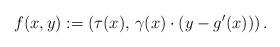
LaTeX: \begin{align*}f ( x , y ) := \left( \tau (x) , \, \gamma (x) \cdot \left( y - g' (x) \right) \right) .\end{align*}